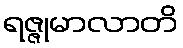
ရဇ္ဇုမာလာတိ